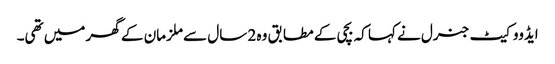
ایڈووکیٹ جنرل نے کہا کہ بچی کے مطابق وہ 2 سال سے ملزمان کے گھر میں تھی۔